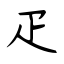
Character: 疋